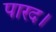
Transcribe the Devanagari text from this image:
पारद।